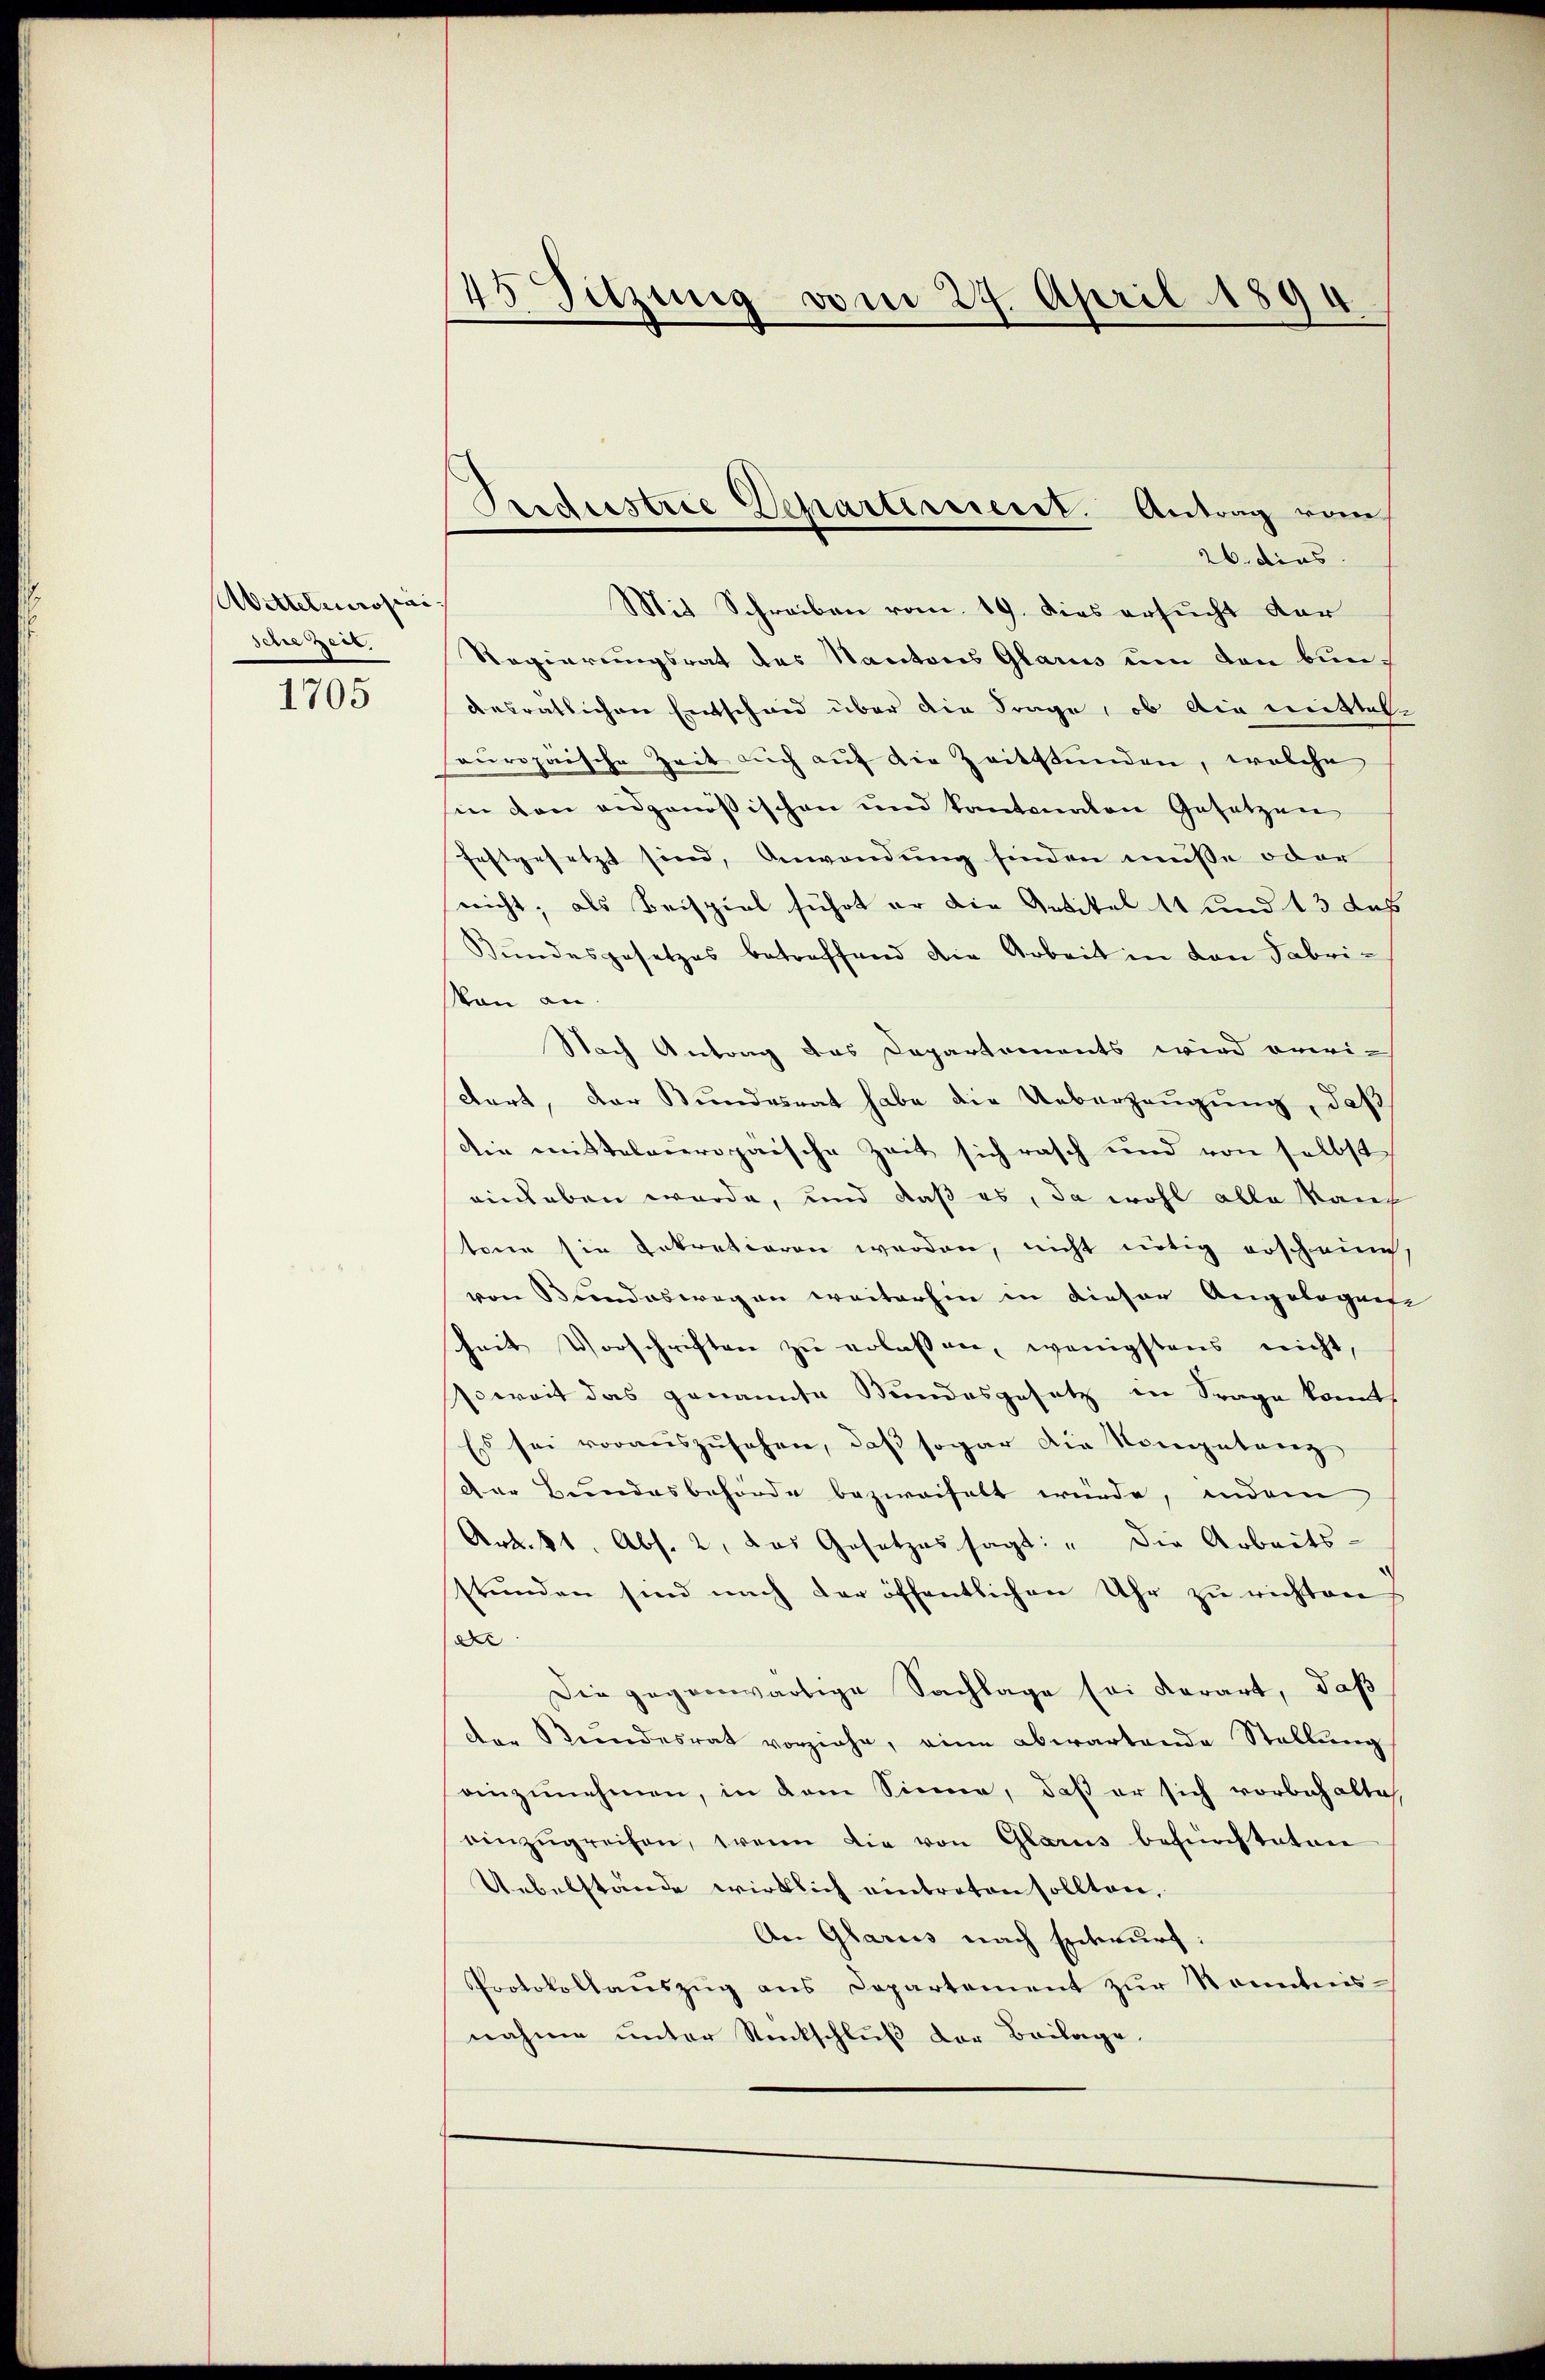
Wittelcrosai
Ichegert.
1705

45 Sitzung vom 27. April 1894

26. dies
Mit Schreiben vom 19. dies ersucht der
Regierungsrat des Kantons Glarus um den Bundesratlichen Entscheid über die Frage, ob die mittel
europaische Zeit auch auf die Zeitstunden, welche
in den eidgenößischen und kantonalen Gesetzen
festgesetzt sind, Anwendung finden müsse oder
nicht; als Beispiel führt er die Antitel 11 und 13 das
Bundesgesetzes betreffend die Arbeit in den Fabrivon an.
Nach Antrag das Departements wird erwidert, der Bundesrat habe die Ueberzeugung, daß
die mittelaropaische Zeit sich rasch und von selbst
einhaben würde, und daß es, da wohl alle Kant
tone sie gekretioren werden, nicht nötig erscheine.
von Brandeswegen weiterhin in dieser Angelegente
Zeit Vorschriften zu erlassen, wenigstens nicht,
soweit das genannte Bundesgesetz in Frage kommt
Es sei vorauszusehen, daß sogar die Kompetanz
Der Bundesbehörde bezweifelt würde, indem
Art. 81. Abs. 2, das Gesetzes sagt: "die Arbeits-
stunden sind nach der öffentlichen Uhr zu richten
dr
Die gegenwärtige Sachlage sei derart, daß
der Bundesrat vorziehe, eine abwartende Stellung
einzunehmen, in dem Sinne, daß er sich vorbehalte,
einzŭgreifen, wenn die von Glarus befürchtatuen
Uebelstände wirklich eintreten sollten,
An Glarus nach Entwurf:
Protokollaŭszŭg ans Departement zŭr Kenntnis-
nahme unter Rückschluß der Beilage,

Predistrie Departirererst. Antrag vom